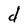
Character: d